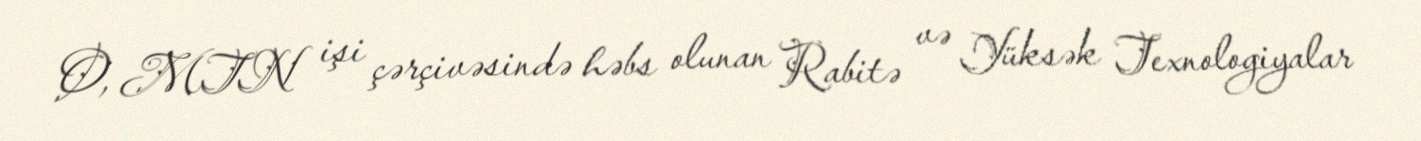
O, MTN işi çərçivəsində həbs olunan Rabitə və Yüksək Texnologiyalar